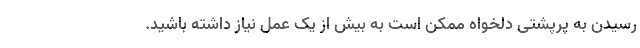
رسیدن به پرپشتی دلخواه ممکن است به بیش از یک عمل نیاز داشته باشید.